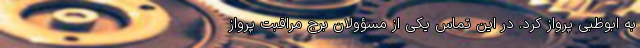
به ابوظبی پرواز کرد. در این تماس یکی از مسؤولان برج مراقبت پرواز